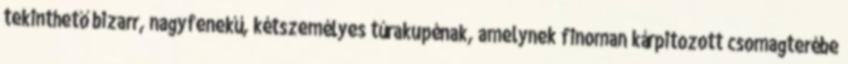
tekinthető bizarr, nagyfenekű, kétszemélyes túrakupénak, amelynek finoman kárpitozott csomagterébe